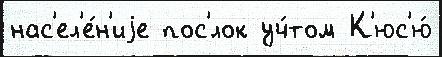
нас'ел'е́н'иjе пос'́лок уч́том К'юс'ю́